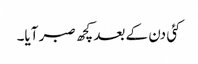
کئی دن کے بعد کچھ صبر آیا۔